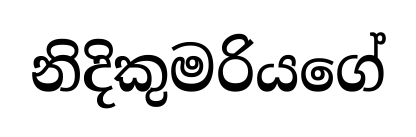
නිදිකුමරියගේ